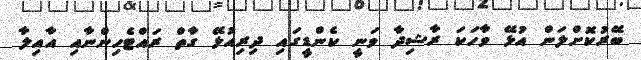
ބޭރުކޮށްލަން އުޅޭ ވާހަކަ ރާޝިދާ ވަނީ ކެންޑީގައި ދިރިއުޅޭ ގާތް ރައްޓެހިންނާއި އާއިލާ